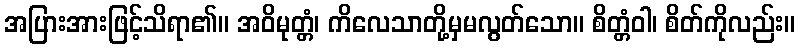
အပြားအားဖြင့်သိရာ၏။ အဝိမုတ္တံ၊ ကိလေသာတို့မှမလွတ်သော။ စိတ္တံဝါ၊ စိတ်ကိုလည်း။